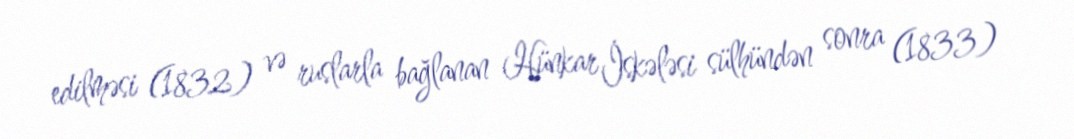
edilməsi (1832) və ruslarla bağlanan Hünkar İskələsi sülhündən sonra (1833)